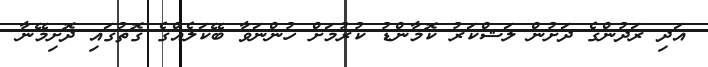
އަދި ރަދުންގެ ދަށުން ލަޝްކަރު ކޮމާންޑު ކުރުމަށް ހުންނަވާ ބޭކަލެއްގެ ގޮތުގައި ދޮށިމޭނާ